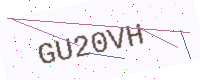
Text: GU20VH